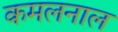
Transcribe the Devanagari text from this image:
कमलनाल